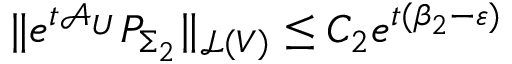
\Vert e ^ { t \mathcal { A } _ { U } } P _ { \Sigma _ { 2 } } \Vert _ { \mathcal { L } ( V ) } \leq C _ { 2 } e ^ { t ( \beta _ { 2 } - \varepsilon ) }